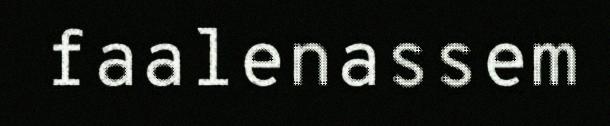
faalenassem